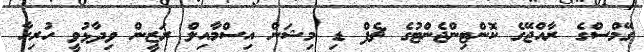
ގޭމްސްގެ ރާއްޖޭގެ ކޮންޓިންޖެންޓުގެ ޗެފް ޑި މިޝަން އިސްމާއިލް ރަޒީން ވިދާޅުވީ ހުރިހާ